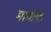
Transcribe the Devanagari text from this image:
मायांचा